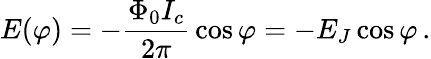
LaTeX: E(\varphi)=-{\frac{\Phi_{0}I_{c}}{2\pi}}\cos\varphi=-E_{J}\cos\varphi\, .